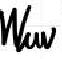
W_{uw}